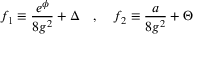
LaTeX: f _ { 1 } \equiv { \frac { e ^ { \phi } } { 8 g ^ { 2 } } } + \Delta \quad , \quad f _ { 2 } \equiv { \frac { a } { 8 g ^ { 2 } } } + \Theta